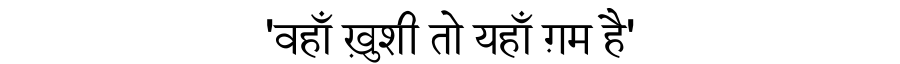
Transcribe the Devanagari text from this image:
'वहाँ ख़ुशी तो यहाँ ग़म है'